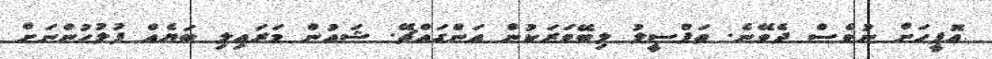
އޮފީހަށް ނުވެސް ދެވޭނެ. ތަފްސީލު ލިބޭވަރަކުން އަންގައްޗޭ. ޝައުން މަރައިލި ބަޔެއް ފުލުހުންނަށް